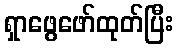
ရှာဖွေဖော်ထုတ်ပြီး